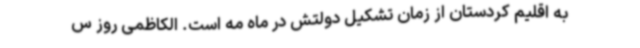
به اقلیم کردستان از زمان تشکیل دولتش در ماه مه است. الکاظمی روز س